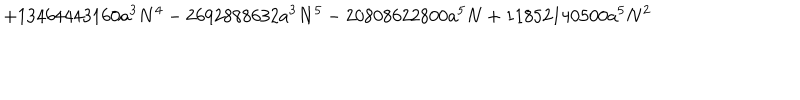
+ 1 3 4 6 4 4 4 3 1 6 0 a ^ { 3 } N ^ { 4 } - 2 6 9 2 8 8 8 6 3 2 a ^ { 3 } N ^ { 5 } - 2 0 8 0 8 6 2 2 8 0 0 a ^ { 5 } N + 1 1 8 5 2 1 4 0 5 0 0 a ^ { 5 } N ^ { 2 }